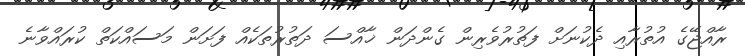
ރާއްޖޭގެ އުތުރާއި ދެކުނަށް ފަތުރުވެރިން ގެންދަން ޚާއްސަ ދަތުރުތަކެއް ފަށަން މަސައްކަތް ކުރައްވާނެ